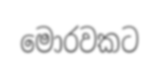
මොරවකට